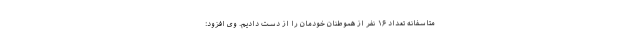
متاسفانه تعداد ۱۶ نفر از هموطنان خودمان را از دست دادیم. وی افزود: